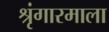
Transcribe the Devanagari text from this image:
श्रृंगारमाला